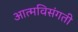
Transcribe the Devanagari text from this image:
आत्मविसंगती